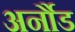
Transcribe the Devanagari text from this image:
अर्नौड